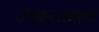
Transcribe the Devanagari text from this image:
लेखनतंत्राचा